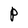
Character: P